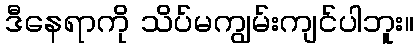
ဒီနေရာကို သိပ်မကျွမ်းကျင်ပါဘူး။